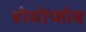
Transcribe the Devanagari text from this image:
होमोफोब